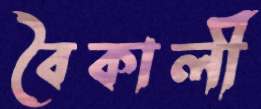
বৈকালী